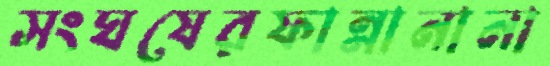
সংঘষেরফান্নানানা